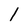
Character: 1